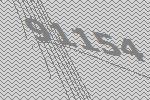
91154